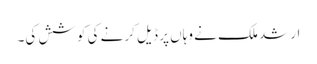
ارشد ملک نے وہاں پر ڈیل کرنے کی کوشش کی۔